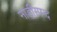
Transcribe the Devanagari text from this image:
नाड़ीस्पन्द